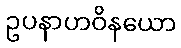
ဥပနာဟဝိနယော